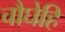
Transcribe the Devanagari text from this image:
चौघेहि